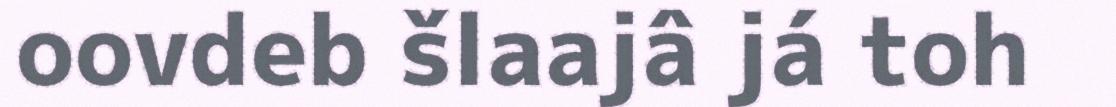
oovdeb šlaajâ já toh